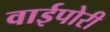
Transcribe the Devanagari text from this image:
वाईपोरी